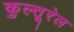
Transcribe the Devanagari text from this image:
कुल्तूरेल